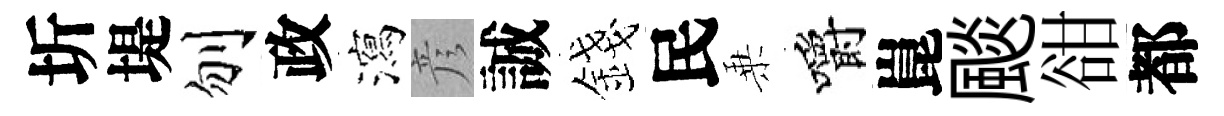
圻堤刎政瀉彦誠錢民乗嚼崑颷𧮳都